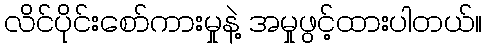
လိင်ပိုင်းစော်ကားမှုနဲ့ အမှုဖွင့်ထားပါတယ်။